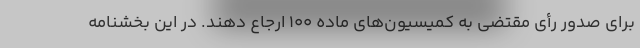
برای صدور رأی مقتضی به کمیسیون‌های ماده ۱۰۰ ارجاع دهند. در این بخشنامه